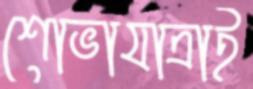
শোভাযাত্রাই